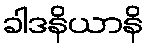
ခါဒနိယာနိ